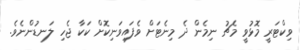
ވިކްޓަރީ މޮޅުވީ މެޗު ނިމެން ދެ މިނެޓަށް ވެފައިވަނިކޮށް ކަކާ ޖެހި ލަނޑުންނެވެ.